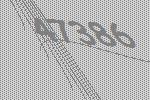
47386